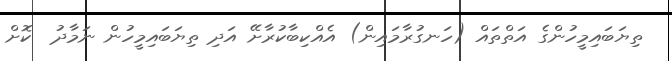
ތިޔަބައިމީހުންގެ އަތްތައް (ހަނގުރާމައިން) އެއްކިބާކުރާށޭ އަދި ތިޔަބައިމީހުން ނަމާދު  ކޮށް